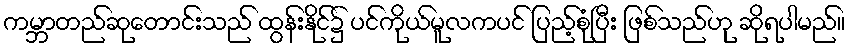
ကမ္ဘာတည်ဆုတောင်းသည် ထွန်းနိုင်၌ ပင်ကိုယ်မူလကပင် ပြည့်စုံပြီး ဖြစ်သည်ဟု ဆိုရပါမည်။